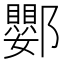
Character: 𨟙